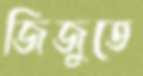
জিজুতে